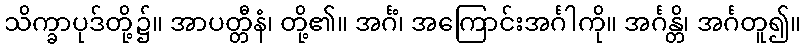
သိက္ခာပုဒ်တို့၌။ အာပတ္တီနံ၊ တို့၏။ အင်္ဂံ၊ အကြောင်းအင်္ဂါကို။ အင်္ဂန္တိ၊ အင်္ဂတူ၍။